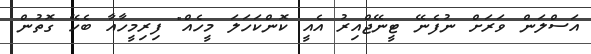
އަސްލަން ވަރަށް ނުފެނޭ ޓީނޭޖްއިރު އެއީ ކޮންކަހަލަ މީހެއް" ފިރިމީހާއާ ބެހޭ ގޮތުން